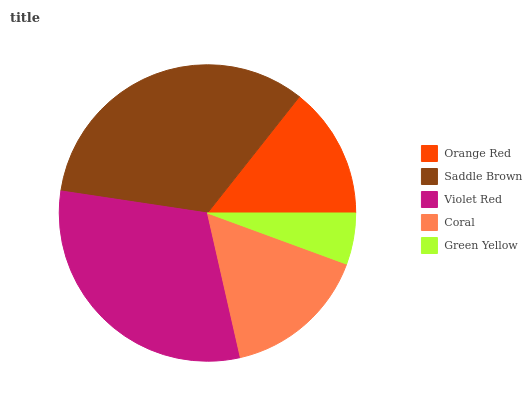
| Orange Red | Saddle Brown | Violet Red | Coral | Green Yellow |
 | --- | --- | --- | --- | --- |
 | 14.4% | 33.3% | 30.9% | 15.9% | 5.61% |